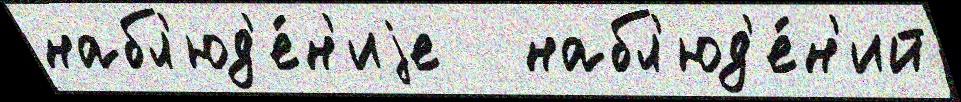
набл'юд'е́н'иjе   набл'юд'е́н'ий